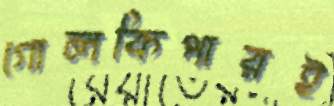
গোলকিপারই